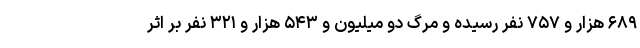
۶۸۹ هزار و ۷۵۷ نفر رسیده و مرگ دو میلیون و ۵۴۳ هزار و ۳۲۱ نفر بر اثر